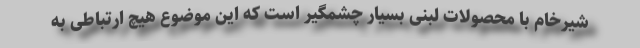
شیرخام با محصولات لبنی بسیار چشمگیر است که این موضوع هیچ ارتباطی به